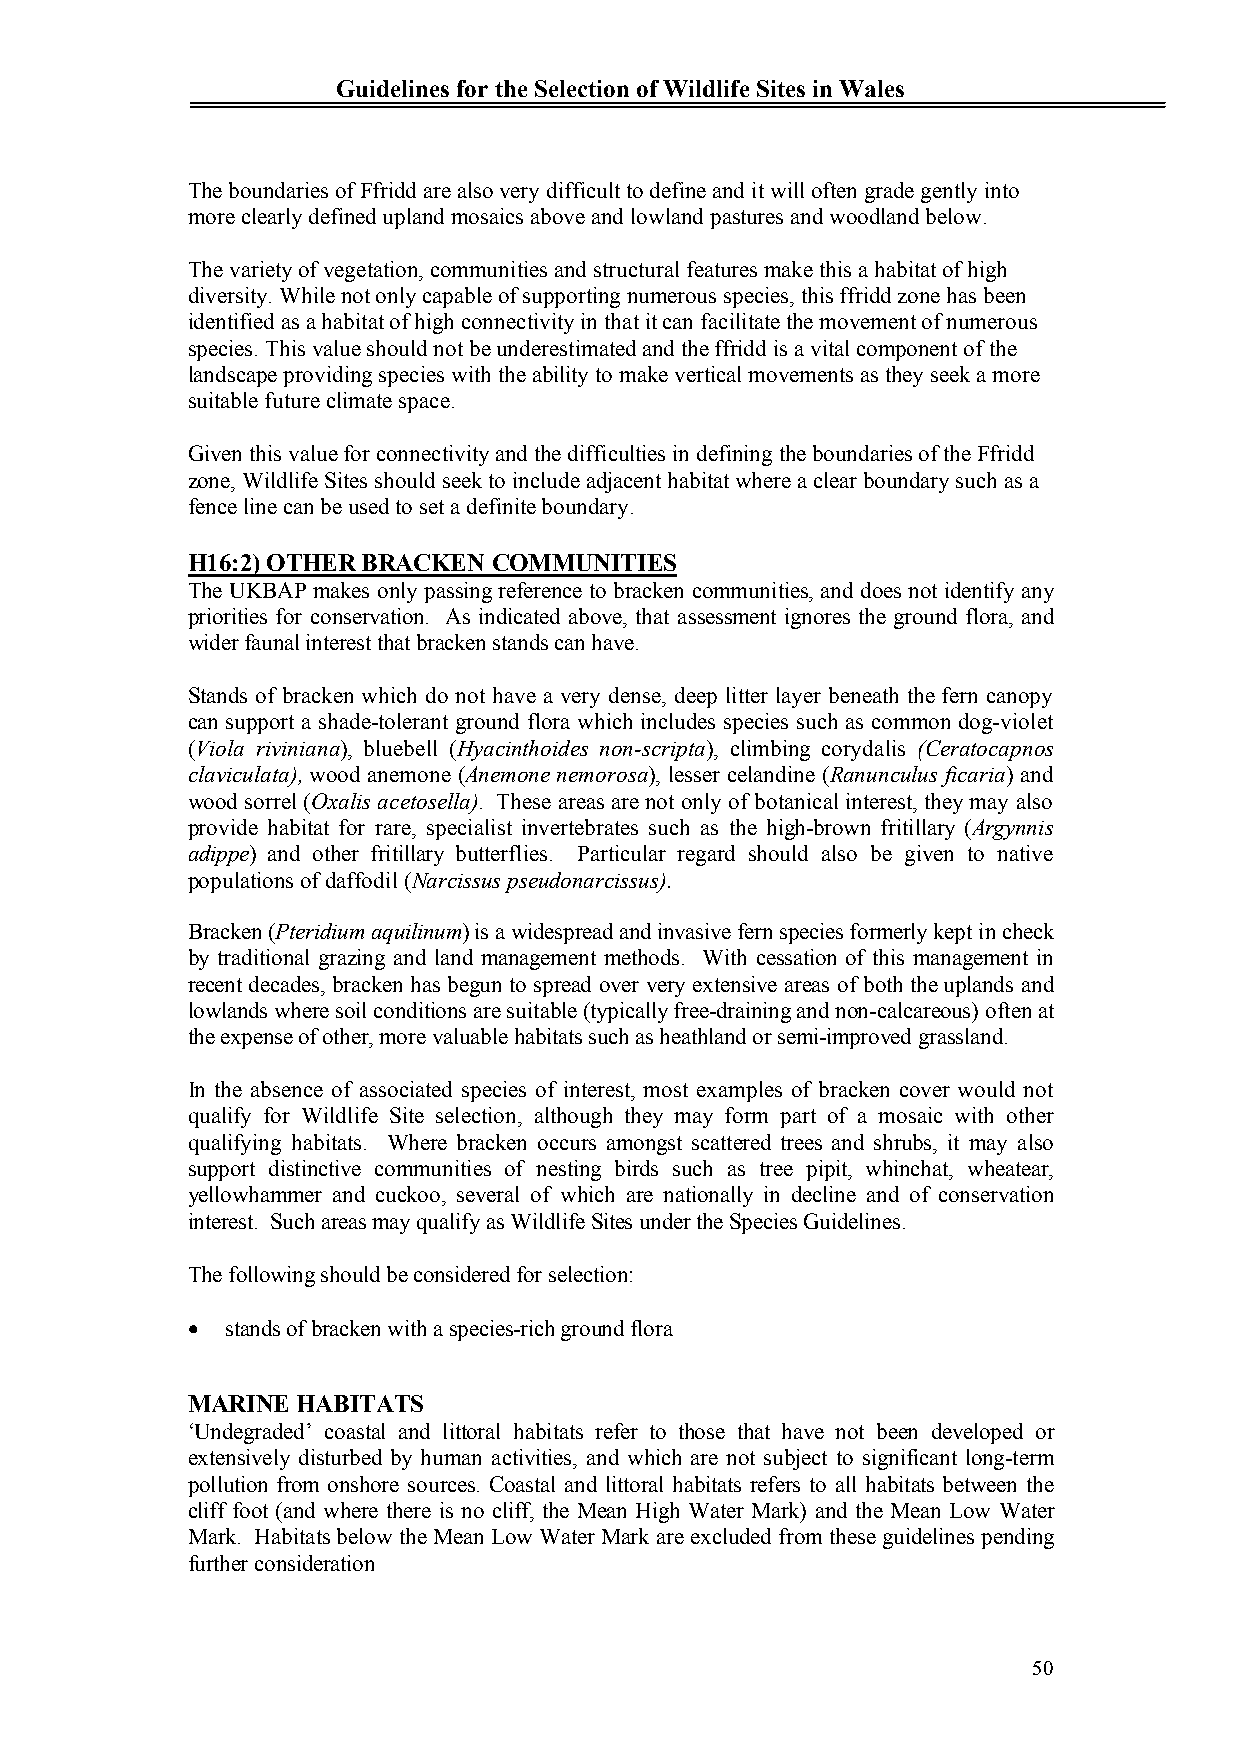
Guidelines for the Selection of Wildlife Sites in Wales
 The boundaries of Ffridd are also very difficult to define and it will often grade gently into
 more clearly defined upland mosaics above and lowland pastures and woodland below.
 The variety of vegetation, communities and structural features make this a habitat of high
 diversity. While not only capable of supporting numerous species, this ffridd zone has been
 identified as a habitat of high connectivity in that it can facilitate the movement of numerous
 species. This value should not be underestimated and the ffridd is a vital component of the
 landscape providing species with the ability to make vertical movements as they seek a more
 suitable future climate space.
 Given this value for connectivity and the difficulties in defining the boundaries of the Ffridd
 zone, Wildlife Sites should seek to include adjacent habitat where a clear boundary such as a
 fence line can be used to set a definite boundary.
 H16:2) OTHER BRACKEN COMMUNITIES
 The UKBAP makes only passing reference to bracken communities, and does not identify any
 priorities for conservation. As indicated above, that assessment ignores the ground flora, and
 wider faunal interest that bracken stands can have.
 Stands of bracken which do not have a very dense, deep litter layer beneath the fern canopy
 can support a shade-tolerant ground flora which includes species such as common dog-violet
 (Viola riviniana), bluebell (Hyacinthoides non-scripta), climbing corydalis (Ceratocapnos
 claviculata), wood anemone (Anemone nemorosa), lesser celandine (Ranunculus ficaria) and
 wood sorrel (Oxalis acetosella). These areas are not only of botanical interest, they may also
 provide habitat for rare, specialist invertebrates such as the high-brown fritillary (Argynnis
 adippe) and other fritillary butterflies. Particular regard should also be given to native
 populations of daffodil (Narcissus pseudonarcissus).
 Bracken (Pteridium aquilinum) is a widespread and invasive fern species formerly kept in check
 by traditional grazing and land management methods. With cessation of this management in
 recent decades, bracken has begun to spread over very extensive areas of both the uplands and
 lowlands where soil conditions are suitable (typically free-draining and non-calcareous) often at
 the expense of other, more valuable habitats such as heathland or semi-improved grassland.
 In the absence of associated species of interest, most examples of bracken cover would not
 qualify for Wildlife Site selection, although they may form part of a mosaic with other
 qualifying habitats. Where bracken occurs amongst scattered trees and shrubs, it may also
 support distinctive communities of nesting birds such as tree pipit, whinchat, wheatear,
 yellowhammer and cuckoo, several of which are nationally in decline and of conservation
 interest. Such areas may qualify as Wildlife Sites under the Species Guidelines.
 The following should be considered for selection:
   stands of bracken with a species-rich ground flora
 MARINE  HABITATS
 ‘Undegraded’ coastal and littoral habitats refer to those that have not been developed or
 extensively disturbed by human activities, and which are not subject to significant long-term
 pollution from onshore sources. Coastal and littoral habitats refers to all habitats between the
 cliff foot (and where there is no cliff, the Mean High Water Mark) and the Mean Low Water
 Mark. Habitats below the Mean Low Water Mark are excluded from these guidelines pending
 further consideration
 50